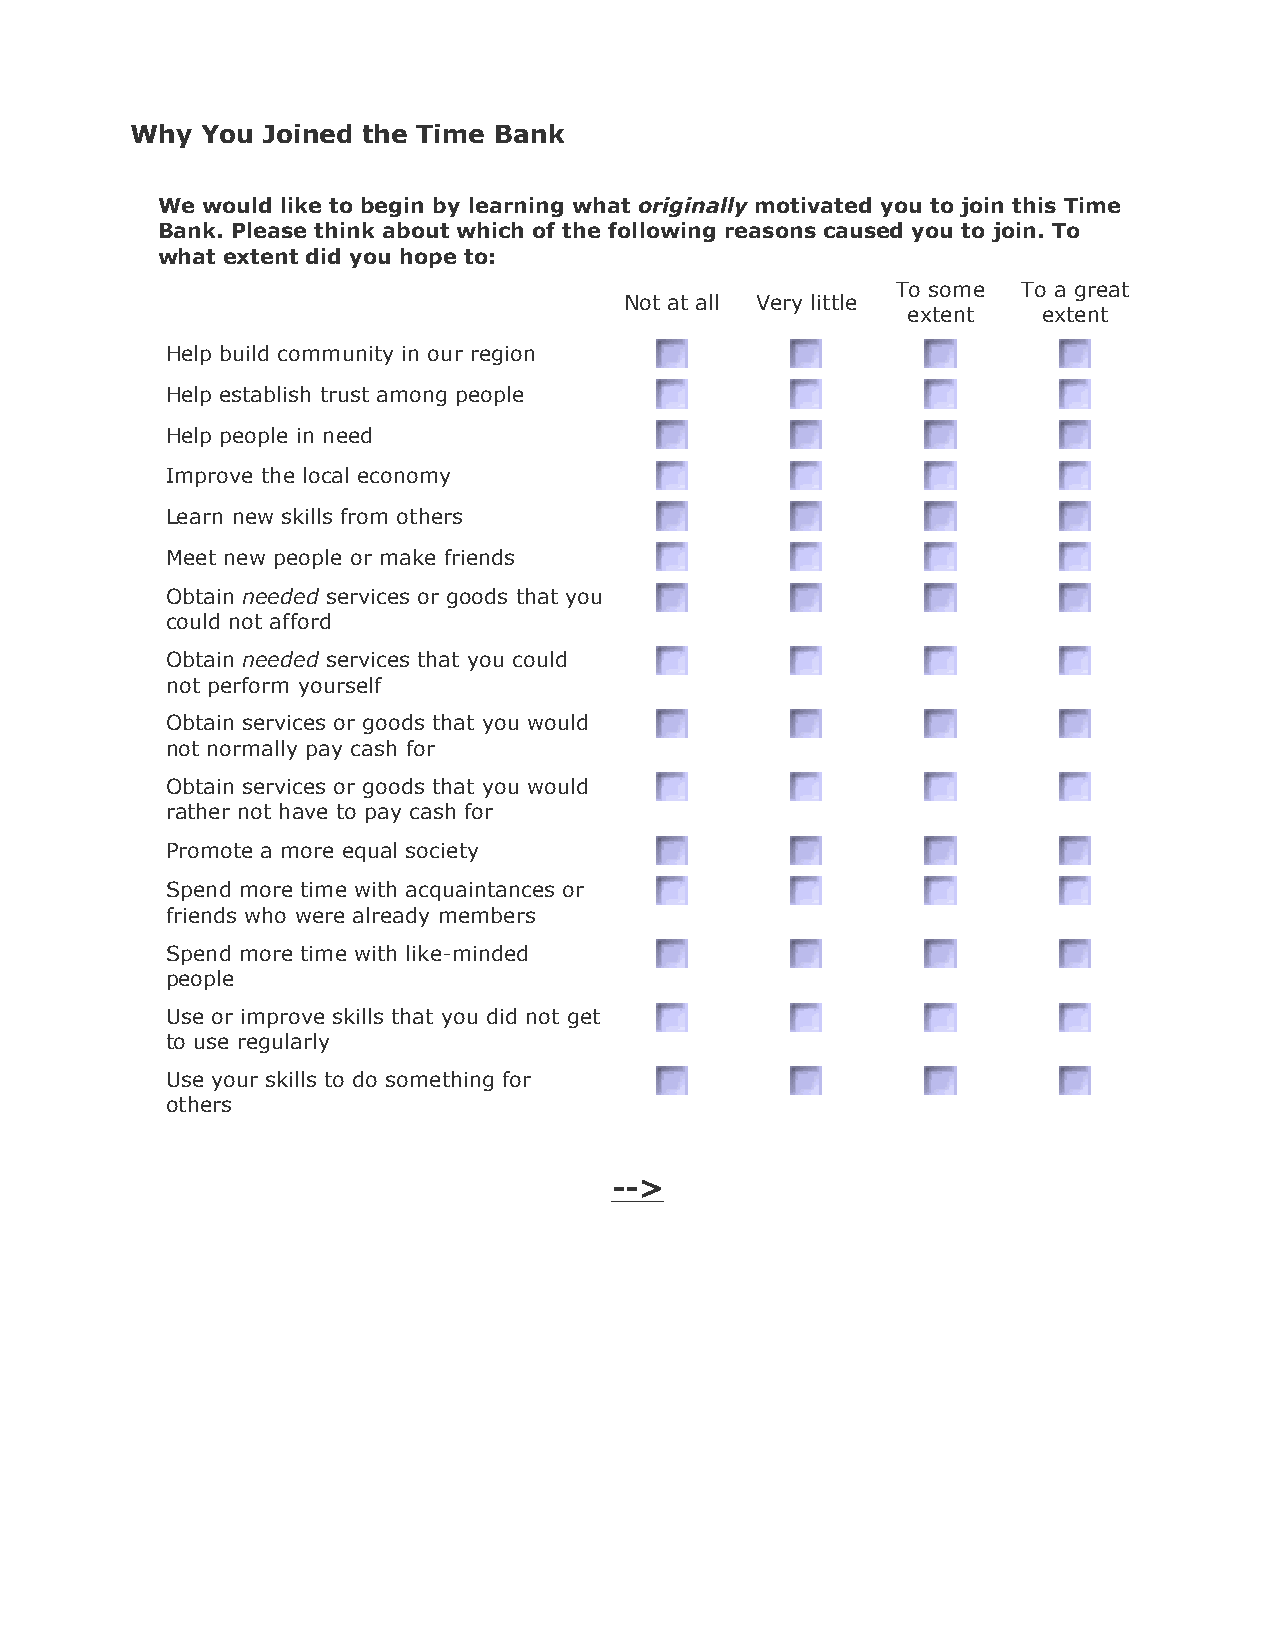
Why You Joined the Time Bank
 We would like to begin by learning what originally motivated you to join this Time
 Bank. Please think about which of the following reasons caused you to join. To
 what extent did you hope to:
 To some  To a great
 Not at all Very little
 extent   extent
 Help build community in our region
 Help establish trust among people
 Help people in need
 Improve the local economy
 Learn new skills from others
 Meet new people or make friends
 Obtain needed services or goods that you
 could not afford
 Obtain needed services that you could
 not perform yourself
 Obtain services or goods that you would
 not normally pay cash for
 Obtain services or goods that you would
 rather not have to pay cash for
 Promote a more equal society
 Spend more time with acquaintances or
 friends who were already members
 Spend more time with like-minded
 people
 Use or improve skills that you did not get
 to use regularly
 Use your skills to do something for
 others
 -->